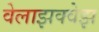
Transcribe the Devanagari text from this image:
वेलाझक्वेझ